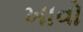
ખાવો